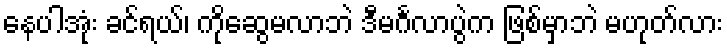
နေပါအုံး ခင်ရယ်၊ ကိုဆွေမလာဘဲ ဒီမင်္ဂလာပွဲက ဖြစ်မှာဘဲ မဟုတ်လား